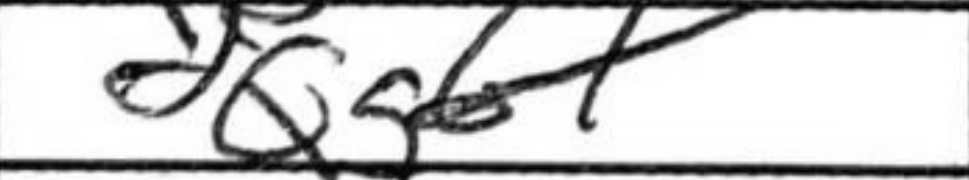
Transcription: Qg6+